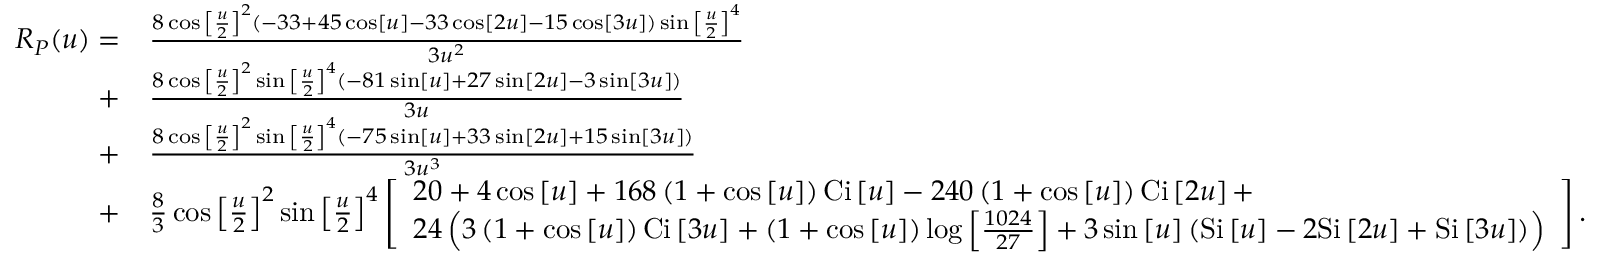
\begin{array} { r l } { { R _ { P } } ( u ) = } & { \frac { { 8 \cos { { \left[ { \frac { u } { 2 } } \right] } ^ { 2 } } \left( { - 3 3 + 4 5 \cos \left[ u \right] - 3 3 \cos \left[ { 2 u } \right] - 1 5 \cos \left[ { 3 u } \right] } \right) \sin { { \left[ { \frac { u } { 2 } } \right] } ^ { 4 } } } } { { 3 { u ^ { 2 } } } } } \\ { + } & { \frac { { 8 \cos { { \left[ { \frac { u } { 2 } } \right] } ^ { 2 } } \sin { { \left[ { \frac { u } { 2 } } \right] } ^ { 4 } } \left( { - 8 1 \sin \left[ u \right] + 2 7 \sin \left[ { 2 u } \right] - 3 \sin \left[ { 3 u } \right] } \right) } } { { 3 u } } } \\ { + } & { \frac { { 8 \cos { { \left[ { \frac { u } { 2 } } \right] } ^ { 2 } } \sin { { \left[ { \frac { u } { 2 } } \right] } ^ { 4 } } \left( { - 7 5 \sin \left[ u \right] + 3 3 \sin \left[ { 2 u } \right] + 1 5 \sin \left[ { 3 u } \right] } \right) } } { { 3 { u ^ { 3 } } } } } \\ { + } & { \frac { 8 } { 3 } \cos { \left[ { \frac { u } { 2 } } \right] ^ { 2 } } \sin { \left[ { \frac { u } { 2 } } \right] ^ { 4 } } \left[ \begin{array} { l } { 2 0 + 4 \cos \left[ u \right] + 1 6 8 \left( { 1 + \cos \left[ u \right] } \right) \mathrm { { C i } } \left[ u \right] - 2 4 0 \left( { 1 + \cos \left[ u \right] } \right) { \mathrm { C i } } \left[ { 2 u } \right] + } \\ { 2 4 \left( { 3 \left( { 1 + \cos \left[ u \right] } \right) \mathrm { { C i } } \left[ { 3 u } \right] + \left( { 1 + \cos \left[ u \right] } \right) \log \left[ { \frac { { 1 0 2 4 } } { { 2 7 } } } \right] + 3 \sin \left[ u \right] \left( { { \mathrm { S i } } \left[ u \right] - 2 \mathrm { { S i } } \left[ { 2 u } \right] + { \mathrm { S i } } \left[ { 3 u } \right] } \right) } \right) } \end{array} \right] . } \end{array}